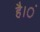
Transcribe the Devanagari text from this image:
है।ं